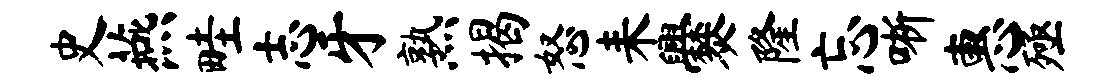
史燕畦志牙熟揭怒耒爨隆忘晰惠殛